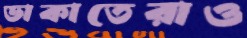
ডাকাতেরাও